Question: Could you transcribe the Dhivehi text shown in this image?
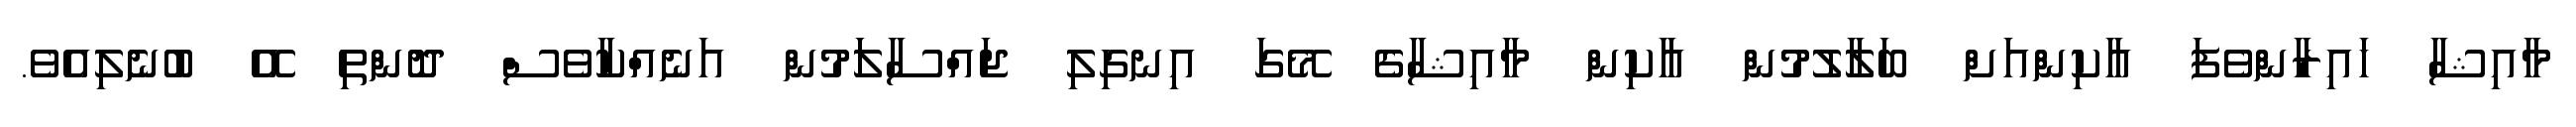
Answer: މާއިޝާ ހައިރާންވެފަ އާކިންއަށް ބަލާލުމުން އާކިން މާއިޝާގެ މޭގަ އިނގިލި ޖައްސާލަމުން އަނެއްކާވެސް ދޮންތި އޭ ބުނެލިއެވެ.